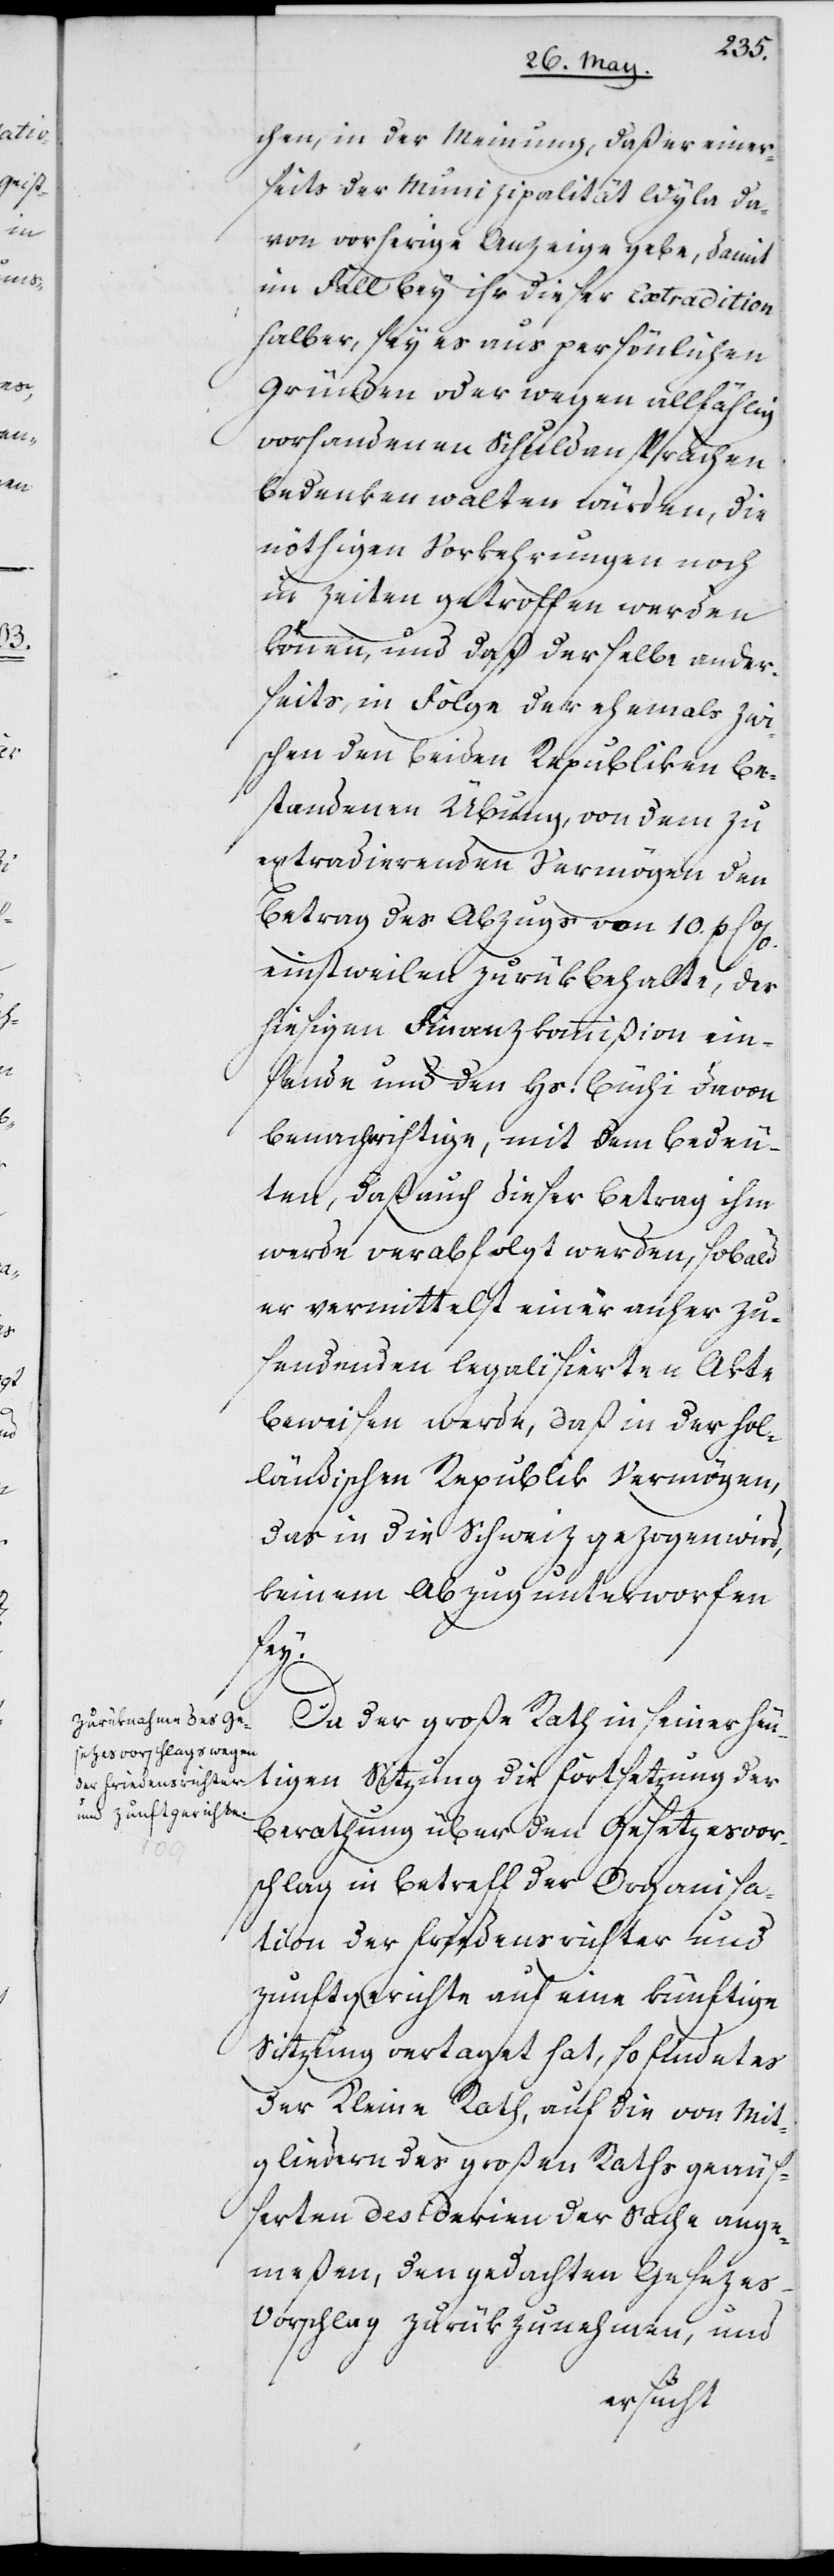
chen, in der Meinung, daß er einer¬
seits der Municipalität Wyla da¬
von vorherige Anzeige gebe, damit
im Fall bey ihr dieser Extradition
halber, sey es aus persönlichen
Gründen oder wegen allfählig
vorhandenen Schuldansprachen
Bedenken walten würden, die
nöthigen Vorkehrungen noch
in Zeiten getroffen werden
können, und daß derselbe ander¬
seits, in Folge der ehemals zwi¬
schen den beiden Republiken be¬
standenen Übung, von dem zu
extradierenden Vermögen den
Betrag des Abzugs von 10. p C%.
einstweilen zurükbehalte, der
hiesigen Finanzkommißion ein¬
sende und den Hs. Büchi davon
benachrichtige, mit dem Bedeu¬
ten, daß auch dieser Betrag ihm
werde verabfolgt werden, sobald
er vermittelst einer anher zu
sendenden legalisierten Akte
beweisen werde, daß in der hol¬
ländischen Republik Vermögen,
das in die Schweiz gezogen wird,
keinem Abzug unterworfen
sey.
Da der Große Rath in seiner heu¬
tigen Sitzung die Fortsetzung der
Berathung über den Gesetzesvor¬
schlag in Betreff der Organisa¬
tion der Friedensrichter und
Zunftgerichte auf eine künftige
Sitzung vertaget hat, so findet es
der Kleine Rath, auf die von Mit¬
gliedern des großen Raths geäuß¬
erten Desidierien der Sache ange¬
meßen, den gedachten Gesezes¬
vorschlag zurükzunehmen, und